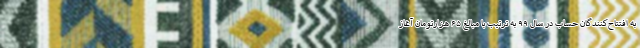
به افتتاح‌کنندگان حساب در سال ۹۹ به ترتیب با مبالغ ۶۵ هزارتومان آغاز